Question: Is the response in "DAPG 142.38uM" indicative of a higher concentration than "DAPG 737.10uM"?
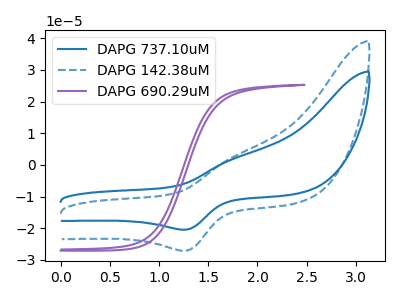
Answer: <think>The blue curve "DAPG 737.10uM" has an anodic peak at (1.75V, 1.80uA) and a cathodic peak at (1.25V, -20.45uA). The blue dashed curve "DAPG 142.38uM" has an anodic peak at (1.75V, 2.35uA) and a cathodic peak at (1.25V, -27.10uA). The purple curve "DAPG 690.29uM" has no peaks.
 All the peaks in "DAPG 142.38uM" have a peak in "DAPG 737.10uM" at the same potential. Every peak in "DAPG 142.38uM" is higher than every peak in "DAPG 737.10uM".</think>
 <answer>"DAPG 142.38uM" has more signal than "DAPG 737.10uM".</answer>
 <eval>more_signal</eval>